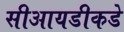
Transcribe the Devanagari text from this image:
सीआयडीकडे